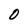
Character: O